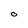
Character: O